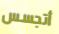
أتجسس